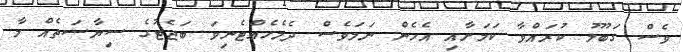
ވެސް ގަބޫލު ކުރައްވާ ކަމަަށާއި އެހެން ނަަމަވެސް ދެމެހެއްޓެނިވަ ބަޖެޓުގެ ސިޔާސަތެއް މާ